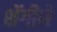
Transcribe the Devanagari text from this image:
शॅगीने